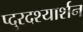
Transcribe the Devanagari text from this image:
प्दुरदश्यार्शन